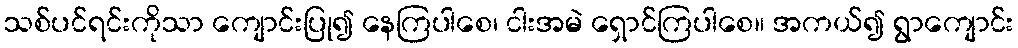
သစ်ပင်ရင်းကိုသာ ကျောင်းပြု၍ နေကြပါစေ၊ ငါးအမဲ ရှောင်ကြပါစေ။ အကယ်၍ ရွာကျောင်း